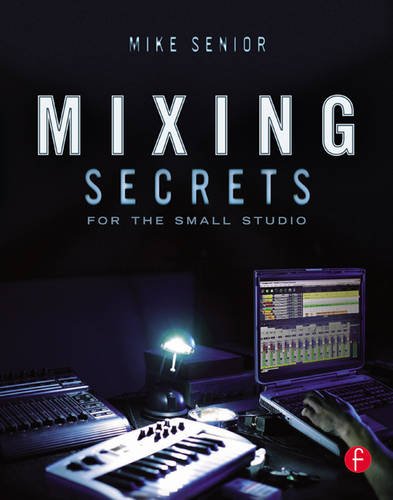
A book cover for Mixing Secrets for  the Small Studio; Mike Senior; Engineering & Transportation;